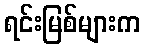
ရင်းမြစ်များက